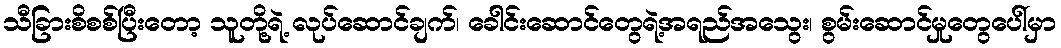
သီခြားစိစစ်ပြီးတော့ သူတို့ရဲ့ လုပ်ဆောင်ချက်၊ ခေါင်းဆောင်တွေရဲ့အရည်အသွေး၊ စွမ်းဆောင်မှုတွေပေါ်မှာ